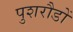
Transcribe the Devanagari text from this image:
पुशरौडों